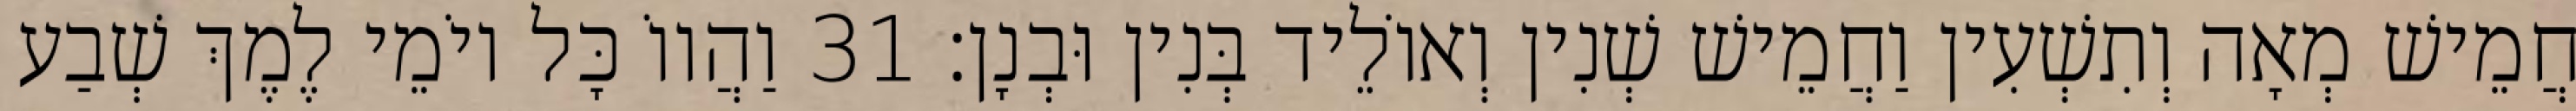
חֲמֵישׁ מְאָה וְתִשְׁעִין וַחֲמֵישׁ שְׁנִין וְאוֹלֵיד בְּנִין וּבְנָן׃ 31 וַהֲווֹ כָּל יוֹמֵי לֶמֶךְ שְׁבַע